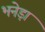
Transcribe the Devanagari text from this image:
भनेड़ा